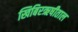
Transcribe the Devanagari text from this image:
खिबिरऋषीताल